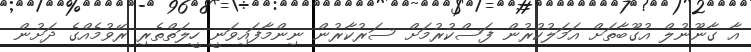
އާ ގާނޫނުލް އުގޫބާތަށް އަމަލުކުރުން ފަސްކުރުމަށް ސަރުކާރުން ނިންމާފައިވަނީ ހީލަތްތެރި ރޭވުމެއްގެ ދަށުން